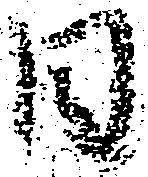
日